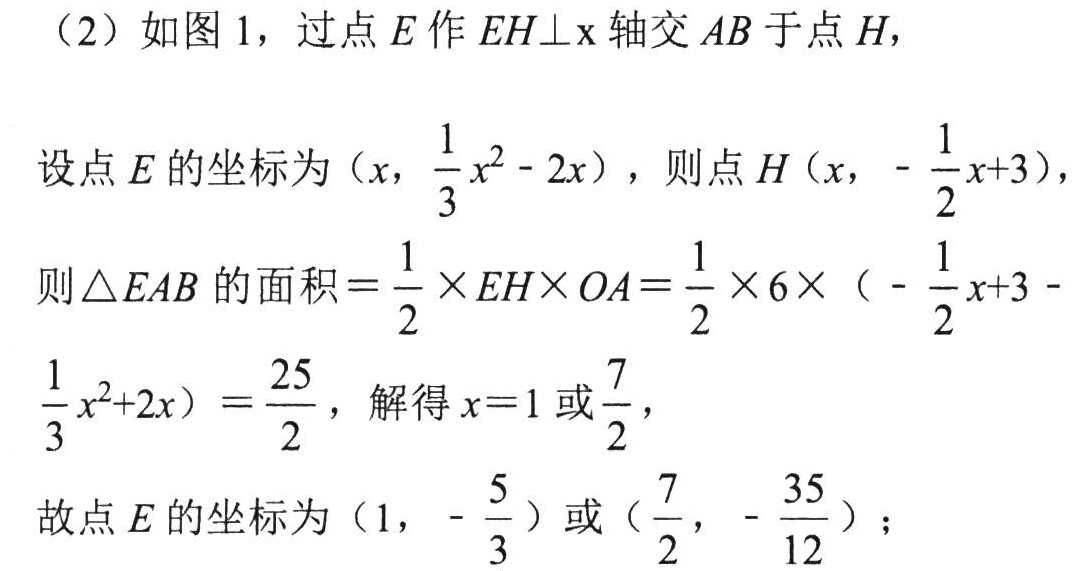
（2）如图 1，过点 \(E\) 作 \(EH\perp x\) 轴交 \(AB\) 于点 \(H\)，
设点 \(E\) 的坐标为 \((x,\frac{1}{3}x^{2}-2x)\)，则点 \(H(x,-\frac{1}{2}x + 3)\)，
则 \(\triangle EAB\) 的面积 \(=\frac{1}{2}\times EH\times OA=\frac{1}{2}\times 6\times (-\frac{1}{2}x + 3-\frac{1}{3}x^{2}+2x)=\frac{25}{2}\)，解得 \(x = 1\) 或 \(\frac{7}{2}\)，
故点 \(E\) 的坐标为 \((1,-\frac{5}{3})\) 或 \((\frac{7}{2},-\frac{35}{12})\)；